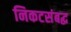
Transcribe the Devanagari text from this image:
निकटसंबद्ध